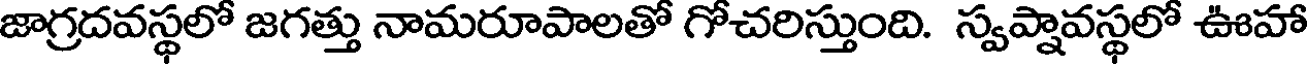
జాగ్రదవస్థలో జగత్తు నామరూపాలతో గోచరిస్తుంది. స్వప్షావస్థలో ఊహా